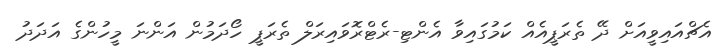
އެޗްއައިވީއަށް ދޭ ތެރަޕީއެއް ކަމުގައިވާ އެންޓި-ރެޓްރޮވައިރަލް ތެރަޕީ ހޯދަމުން އަންނަ މީހުންގެ އަދަދު